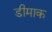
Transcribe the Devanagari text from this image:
डीमाक